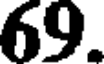
69.